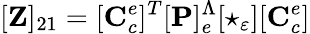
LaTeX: [\mathbf{Z}]_{21}=[\mathbf{C}_{c}^{e}]^{T}[\mathbf{P}]_{e}^{\Lambda}[\star_{\varepsilon}][\mathbf{C}_{c}^{e}]